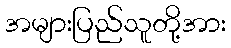
အများပြည်သူတို့အား